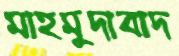
মাহমুদাবাদ